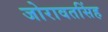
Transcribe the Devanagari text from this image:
जोरावतसिंह